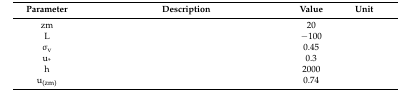
<table><thead><tr><td><b>Parameter</b></td><td><b>Description</b></td><td><b>Value</b></td><td><b>Unit</b></td></tr></thead><tbody><tr><td>zm</td><td>[EMPTY_CELL]</td><td>20</td><td>[EMPTY_CELL]</td></tr><tr><td>L</td><td>[EMPTY_CELL]</td><td>−100</td><td>[EMPTY_CELL]</td></tr><tr><td>σ<sub>v</sub></td><td>[EMPTY_CELL]</td><td>0.45</td><td>[EMPTY_CELL]</td></tr><tr><td>u<sub>*</sub></td><td>[EMPTY_CELL]</td><td>0.3</td><td>[EMPTY_CELL]</td></tr><tr><td>h</td><td>[EMPTY_CELL]</td><td>2000</td><td>[EMPTY_CELL]</td></tr><tr><td>u<sub>(zm)</sub></td><td>[EMPTY_CELL]</td><td>0.74</td><td>[EMPTY_CELL]</td></tr></tbody></table>